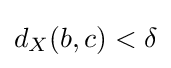
d_{X}(b,c)<\delta